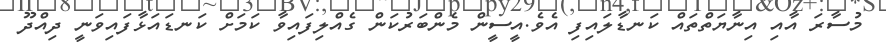
މުސާރަ އާއި އިނާޔަތްތައް ކަނޑާލައިފި އެވެ.އީސީން މެންބަރުކަން ގެއްލިފައިވާ ކަމަށް ކަނޑައަޅާފައިވަނީ ދިއްދޫ